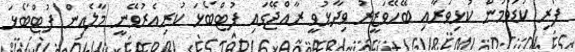
ފޯރި ކުޑަވުމުން ކުޅިވަރާއި ބޭހޭވަޒީރު ވިދާޅުވީ ރާއްޖޭގައި ފުޓްބޯޅަ ކުރިއެރުވޭނީ މާލެއިން ފުޓްބޯޅަ